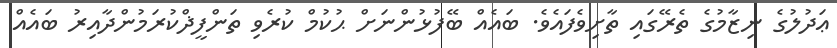
ޢަދުލުގެ ނިޒާމުގެ ތެރޭގައި ތާށިވެފައެވެ. ބައެއް ބޭފުޅުންނަށް ޙުކުމް ކުރެވި ތަންފީޛްކުރަމުންދާއިރު ބައެއް